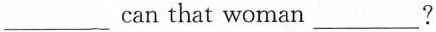
___ can that woman___?